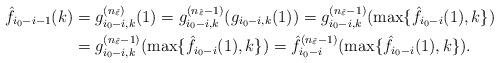
LaTeX: \begin{align*} \hat f_{i_0-i-1}(k)&=g_{i_0-i,k}^{(n_{\tilde\varepsilon})}(1)=g_{i_0-i,k}^{(n_{\tilde\varepsilon}-1)}(g_{i_0-i,k}(1))=g_{i_0-i,k}^{(n_{\tilde\varepsilon}-1)}(\max\{\hat f_{i_0-i}(1),k\})\\ &=g_{i_0-i,k}^{(n_{\tilde\varepsilon}-1)}(\max\{\hat f_{i_0-i}(1),k\})=\hat f_{i_0-i}^{(n_{\tilde\varepsilon}-1)}(\max\{\hat f_{i_0-i}(1),k\}).\end{align*}